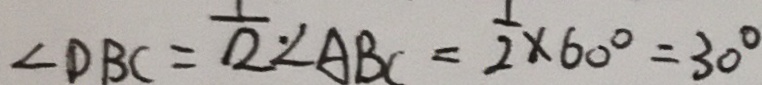
\angle D B C = \frac { 1 } { 2 } \cdot \angle A B C = \frac { 1 } { 2 } \times 6 0 ^ { \circ } = 3 0 ^ { \circ }